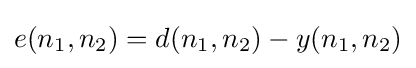
e(n_{1},n_{2})=d(n_{1},n_{2})-y(n_{1},n_{2})